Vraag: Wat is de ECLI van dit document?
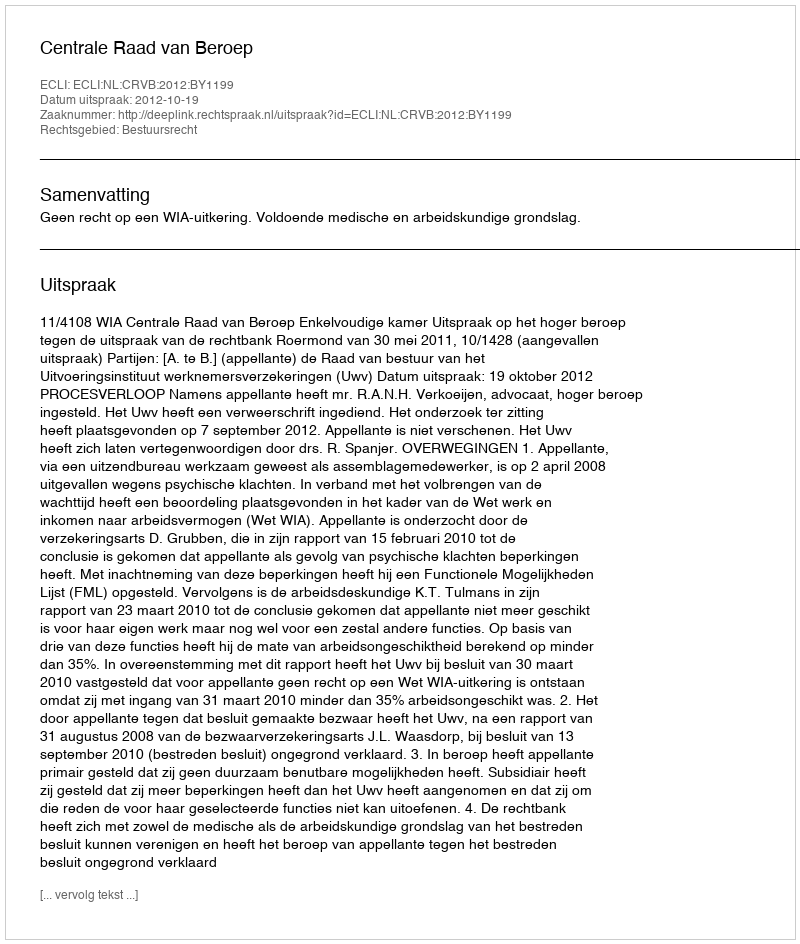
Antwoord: ECLI:NL:CRVB:2012:BY1199